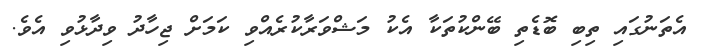
އެތަނުގައި ތިބި ބޮޑެތި ބޭންކުތަކާ އެކު މަޝްވަރާކުރެއްވި ކަމަށް ޖިހާދު ވިދާޅުވި އެވެ.